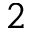
2